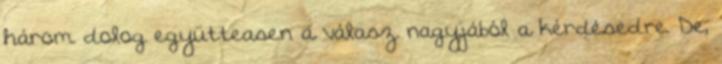
három dolog együtteasen a válasz nagyjából a kérdésedre. De,